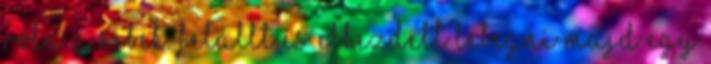
róla a sebek. Felállt és elkezdett lebegni majd egy